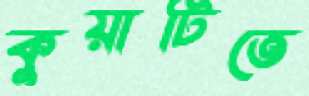
কুয়াটিতে